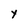
Character: Y